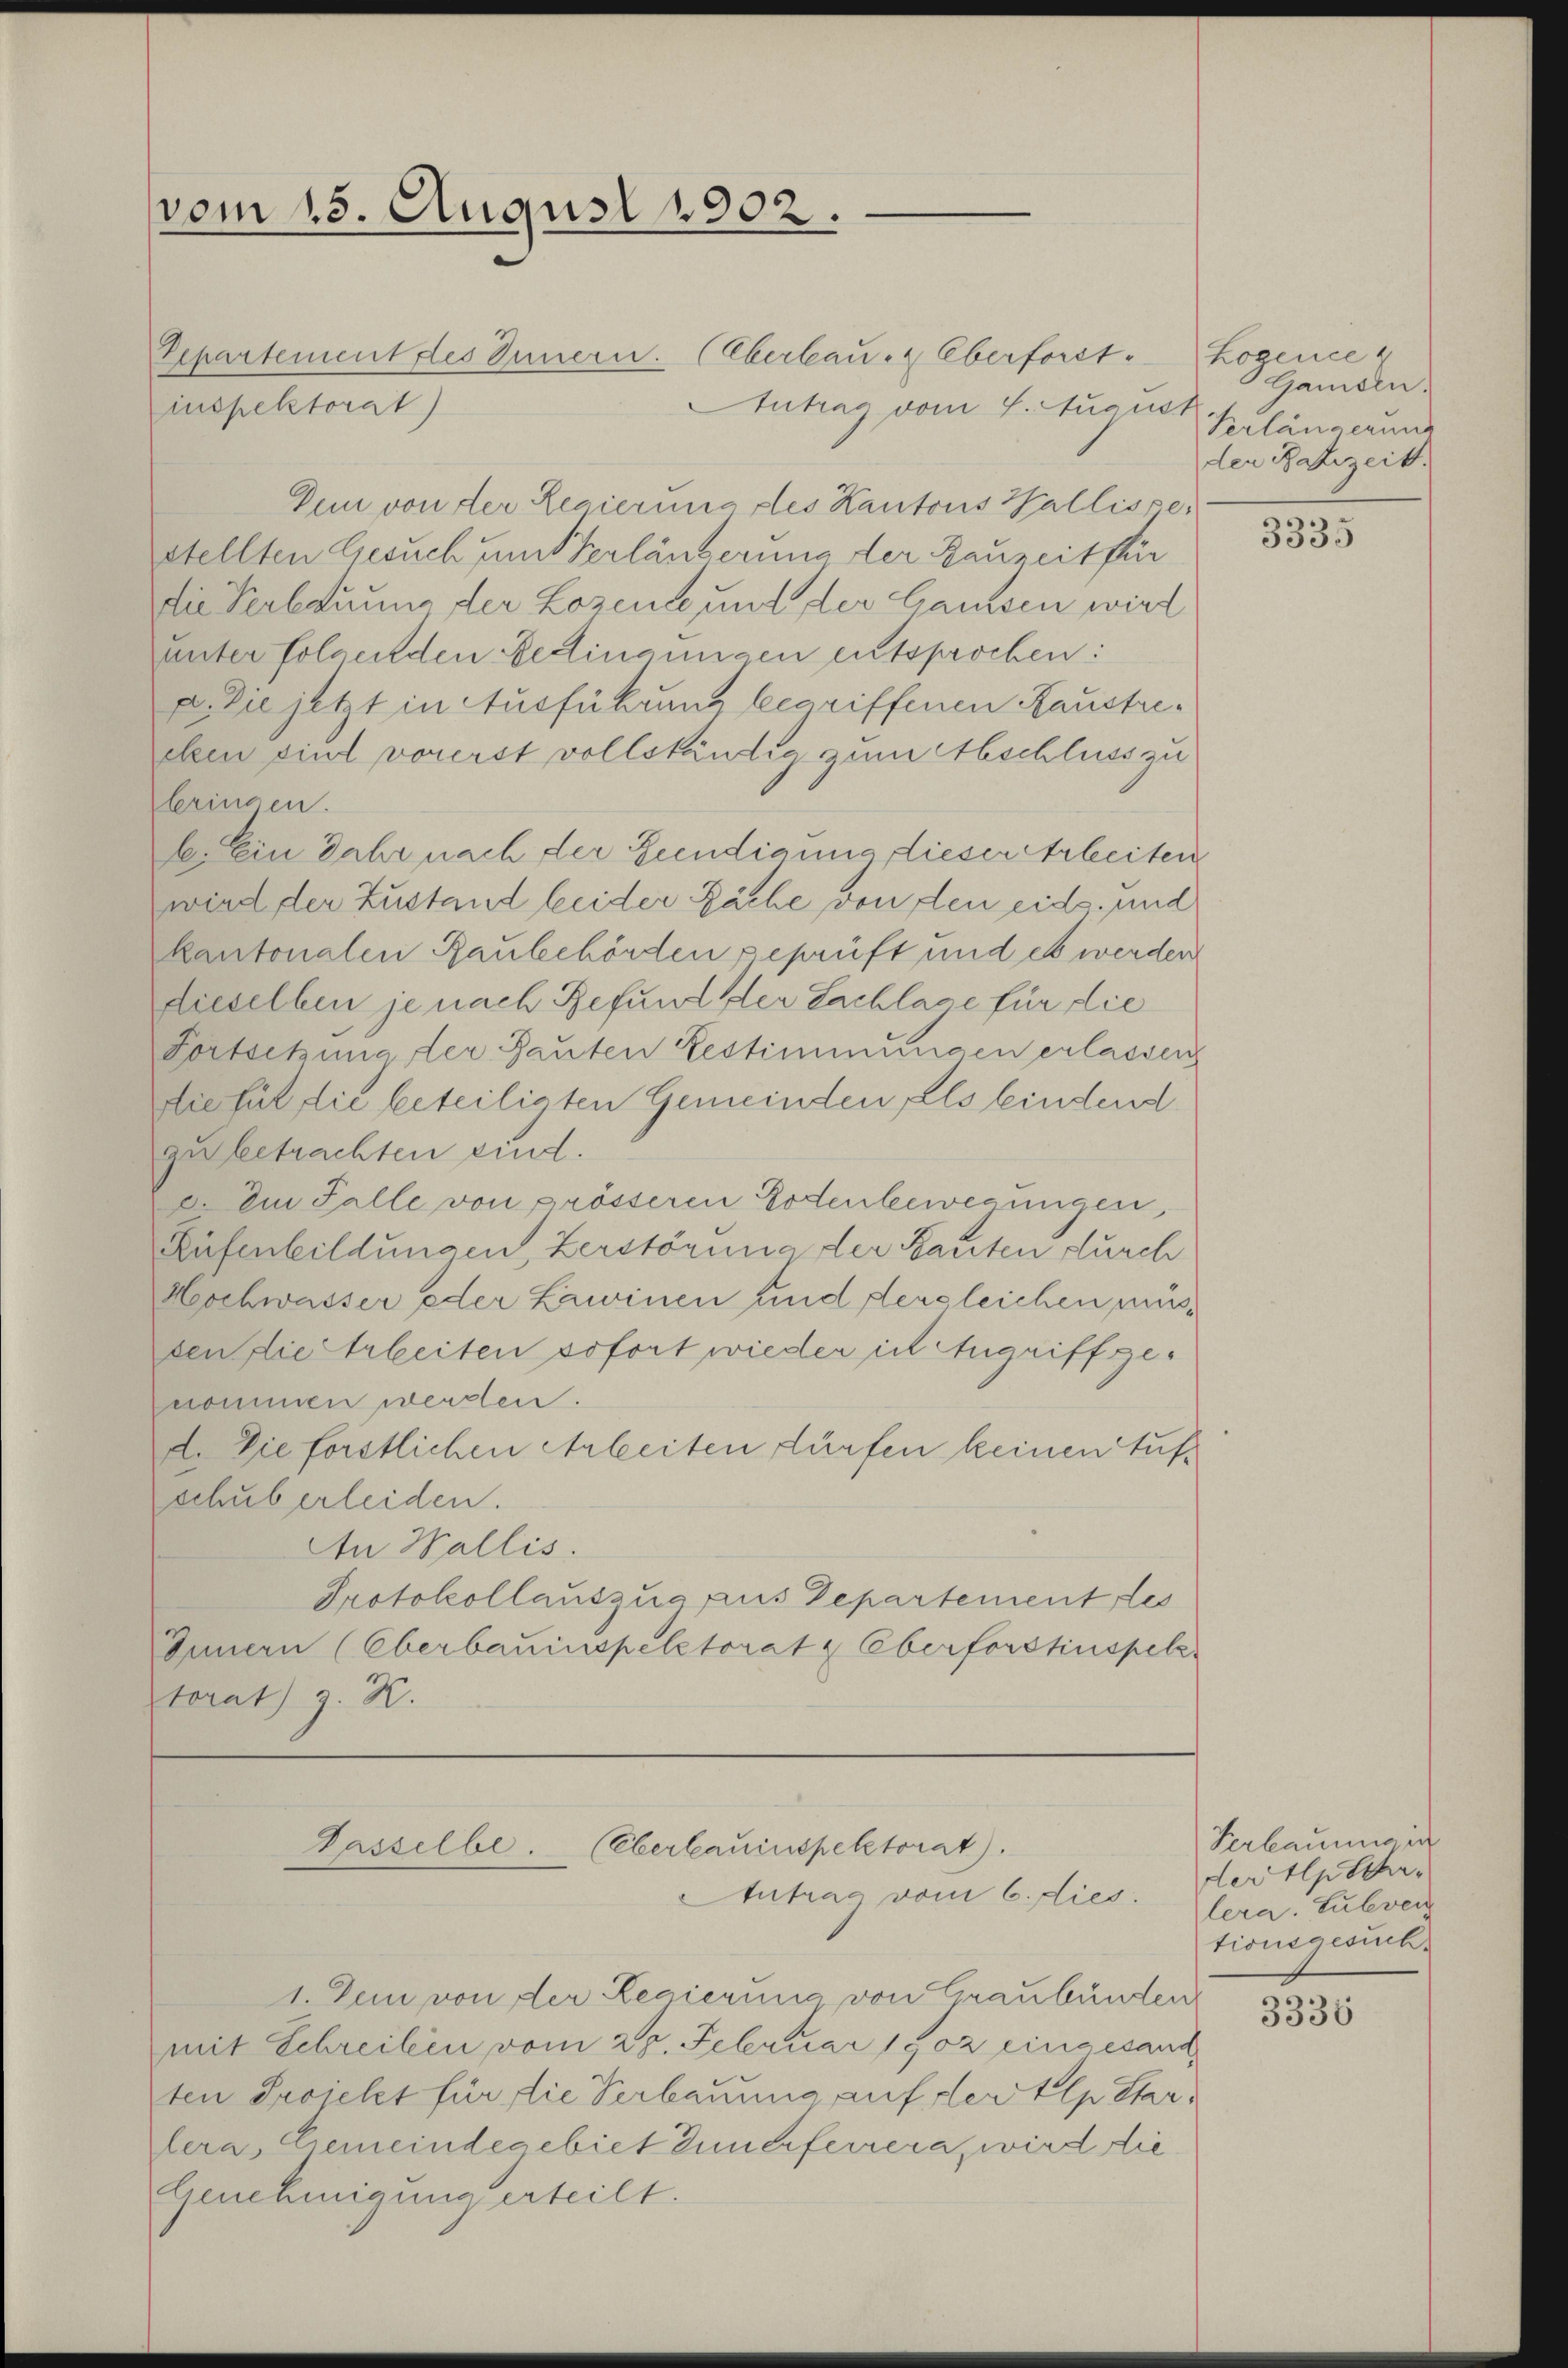
vom 15. August 1902.

Eepartement des Innern. (Eberlau- & Oberforst-
Antrag vom 4. August längerun
Dein von der Regierung des Kantons Wallispestellten Gesuch um Verlängerung der Bauzeit für
die Verbauung der Lozente und der Gaussen wird
unter folgenden Bedingungen entsprochen:
e. Die jetzt in Ausführung begriffenen Haustreeben sind vorerst vollständig zum Abschluss zu
bringen.
b. Ein Jahr nach der Beendigung dieser Arbeiten
wird der Zustand beider Fäche von den eids. und
kantonalen Raubehörden geprüft und es werden
dieselben je nach Befund der Sachlage für die
Fortsetzung der Bauten Bestimmungen erlassen
die für die beteiligten Gemeinden als bindend
zu betrachten sind.
e. Im Falle von prösseren Bodenbewegungen,
Rüfenbildungen, Zerstörung der Bauten durch
Hochwasser oder Lawinen und dergleichen aussen die Arbeiten sofort wieder ich Angriff genommen werden.
d. Die forstlichen Arbeiten dürfen keinen Aufschub erleiden.
An Wallis.
Protokollauszug aus Departement des
Innern (Oberbauinspektorat & Oberforstinspelz
torat) z. K.

inspektorat)

Dasselbe.
(Oberbauinspektorat).
Atutrag vom 6. dies

1. Dem von der Regierung von Graubünden
mit Schreiben vom 28. Februar 1902 eingesand
ten Projekt für die Verbauung auf der Ilp Star,
lera, Gemeindegebiet unerferrera, wird die
Genehmigung erteilt.

Logence
Ganden.
den Bahrzeit

3335

Verlaumig ist
dertschr
lera. Subven
tionsgesuch

3335